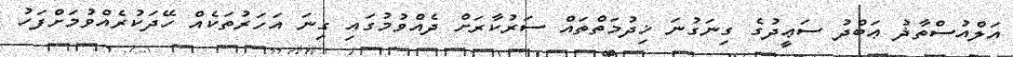
އަލްއުސްތާޛު ޢަބްދު ސަޢީދުގެ ގިނަގުނަ ޚިދުމަތްތައް ސަރުކާރަށް ދެއްވުމުގައި ގިނަ އަހަރުތަކެއް ހޭދަކުރެއްވުމަށްފަހު